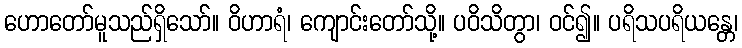
ဟောတော်မူသည်ရှိသော်။ ဝိဟာရံ၊ ကျောင်းတော်သို့။ ပဝိသိတွာ၊ ဝင်၍။ ပရိသပရိယန္တေ၊